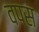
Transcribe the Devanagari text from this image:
वपस